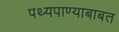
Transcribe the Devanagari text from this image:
पथ्यपाण्याबाबत